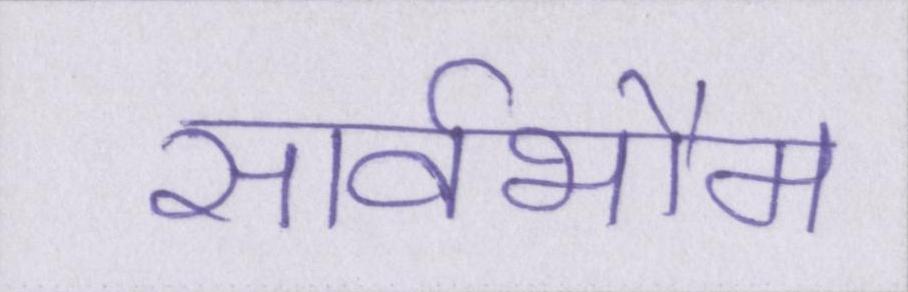
सार्वभौम